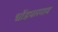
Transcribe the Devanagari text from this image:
धोंडपारगाव